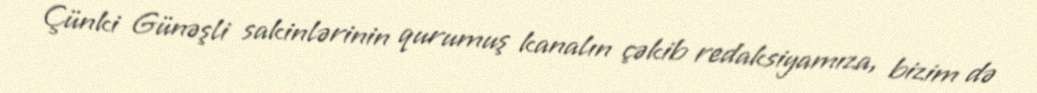
Çünki Günəşli sakinlərinin qurumuş kanalın çəkib redaksiyamıza, bizim də